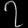
Digit: ၇